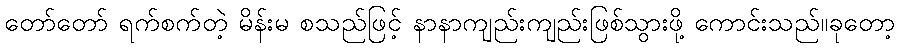
တော်တော် ရက်စက်တဲ့ မိန်းမ စသည်ဖြင့် နာနာကျည်းကျည်းဖြစ်သွားဖို့ ကောင်းသည်။ခုတော့